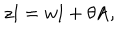
LaTeX: z \mathrm { I } = w \mathrm { I } + \theta \mathrm { A , }